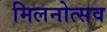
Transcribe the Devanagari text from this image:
मिलनोत्सव